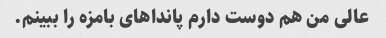
عالی من هم دوست دارم پانداهای بامزه را ببینم.